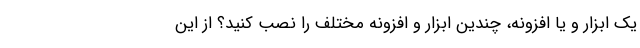
یک ابزار و یا افزونه، چندین ابزار و افزونه مختلف را نصب کنید؟ از این